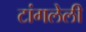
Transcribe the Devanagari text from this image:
टांगलेली